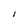
Character: I